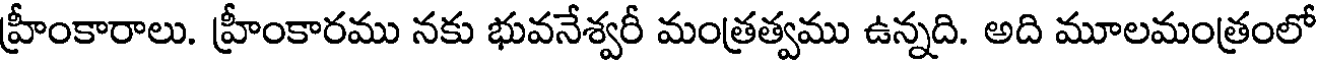
హ్రీంకారాలు. హ్రీంకారము నకు భువనేశ్వరీ మంత్రత్వము ఉన్నది. అది మూలమంత్రంలో